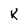
Character: K